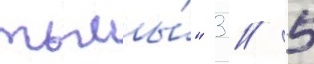
тьмы́" 3 / 5